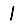
Digit: 1